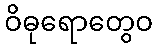
ဝိဓုရောတွေဝ